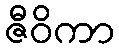
ဇီဝိကာ